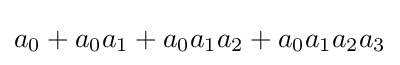
a_{0}+a_{0}a_{1}+a_{0}a_{1}a_{2}+a_{0}a_{1}a_{2}a_{3}